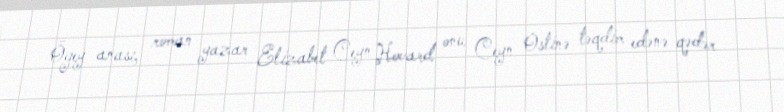
Ögey anası, roman yazar Elizabet Ceyn Hovard onu Ceyn Ostinə təqdim edənə qədər